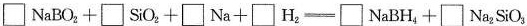
$$\square NaBO_{2}+\square SiO_{2}+\square Na+\square H_{2}=\square NaBH_{4}+\square Na_{2}SO_{3}$$